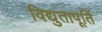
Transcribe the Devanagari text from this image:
विद्युतापूर्ति